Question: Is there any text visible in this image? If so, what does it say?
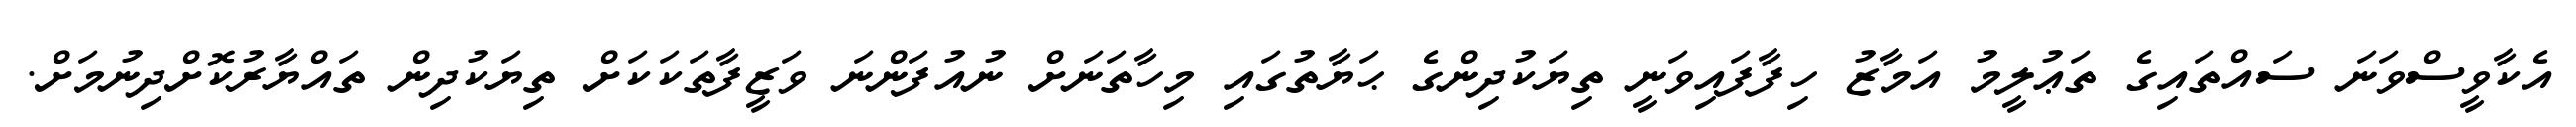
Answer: އެކާވީސްވަނަ ސައްތައިގެ ތަޢުލީމު އަމާޒު ހިފާފައިވަނީ ތިޔަކުދިންގެ ޙަޔާތުގައި މިހާތަނަށް ނުއުފަންނަ ވަޒީފާތަކަކަށް ތިޔަކުދިން ތައްޔާރުކޮށްދިނުމަށް.